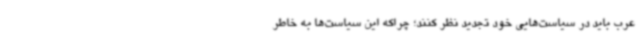
عرب باید در سیاست‌هایی خود تجدید نظر کنند؛ چراکه این سیاست‌ها به خاطر